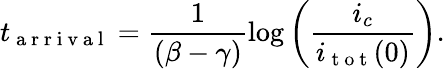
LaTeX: t_{\mathrm{~a~r~r~i~v~a~l~}}=\frac{1}{(\beta-\gamma)}\log\left(\frac{i_{c}}{i_{\mathrm{~t~o~t~}}(0)}\right).